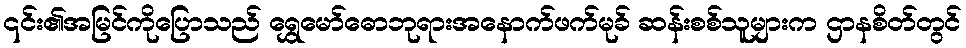
၎င်း၏အမြင်ကိုပြောသည် ရွှေမော်ဓောဘုရားအနောက်ဖက်မုခ် ဆန်းစစ်သူများက ဌာနစိတ်တွင်